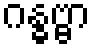
ဂန္ဓဗ္ဗာ